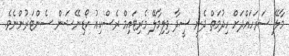
މާލޭ ސަރަހައްދަށް ހިދުމަތް ދެނީ ސީދާ ވިލިމާލޭ މެރިޓައިމް ރެސްކިއު ކޯޑިނޭޝަން ސެންޓަރުންނެވެ.